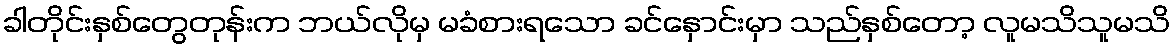
ခါတိုင်းနှစ်တွေတုန်းက ဘယ်လိုမှ မခံစားရသော ခင်နှောင်းမှာ သည်နှစ်တော့ လူမသိသူမသိ